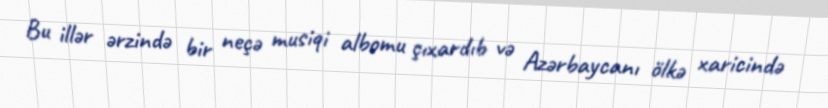
Bu illər ərzində bir neçə musiqi albomu çıxardıb və Azərbaycanı ölkə xaricində